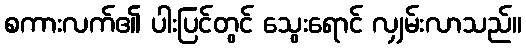
စကားလက်၏ ပါးပြင်တွင် သွေးရောင် လျှမ်းလာသည်။